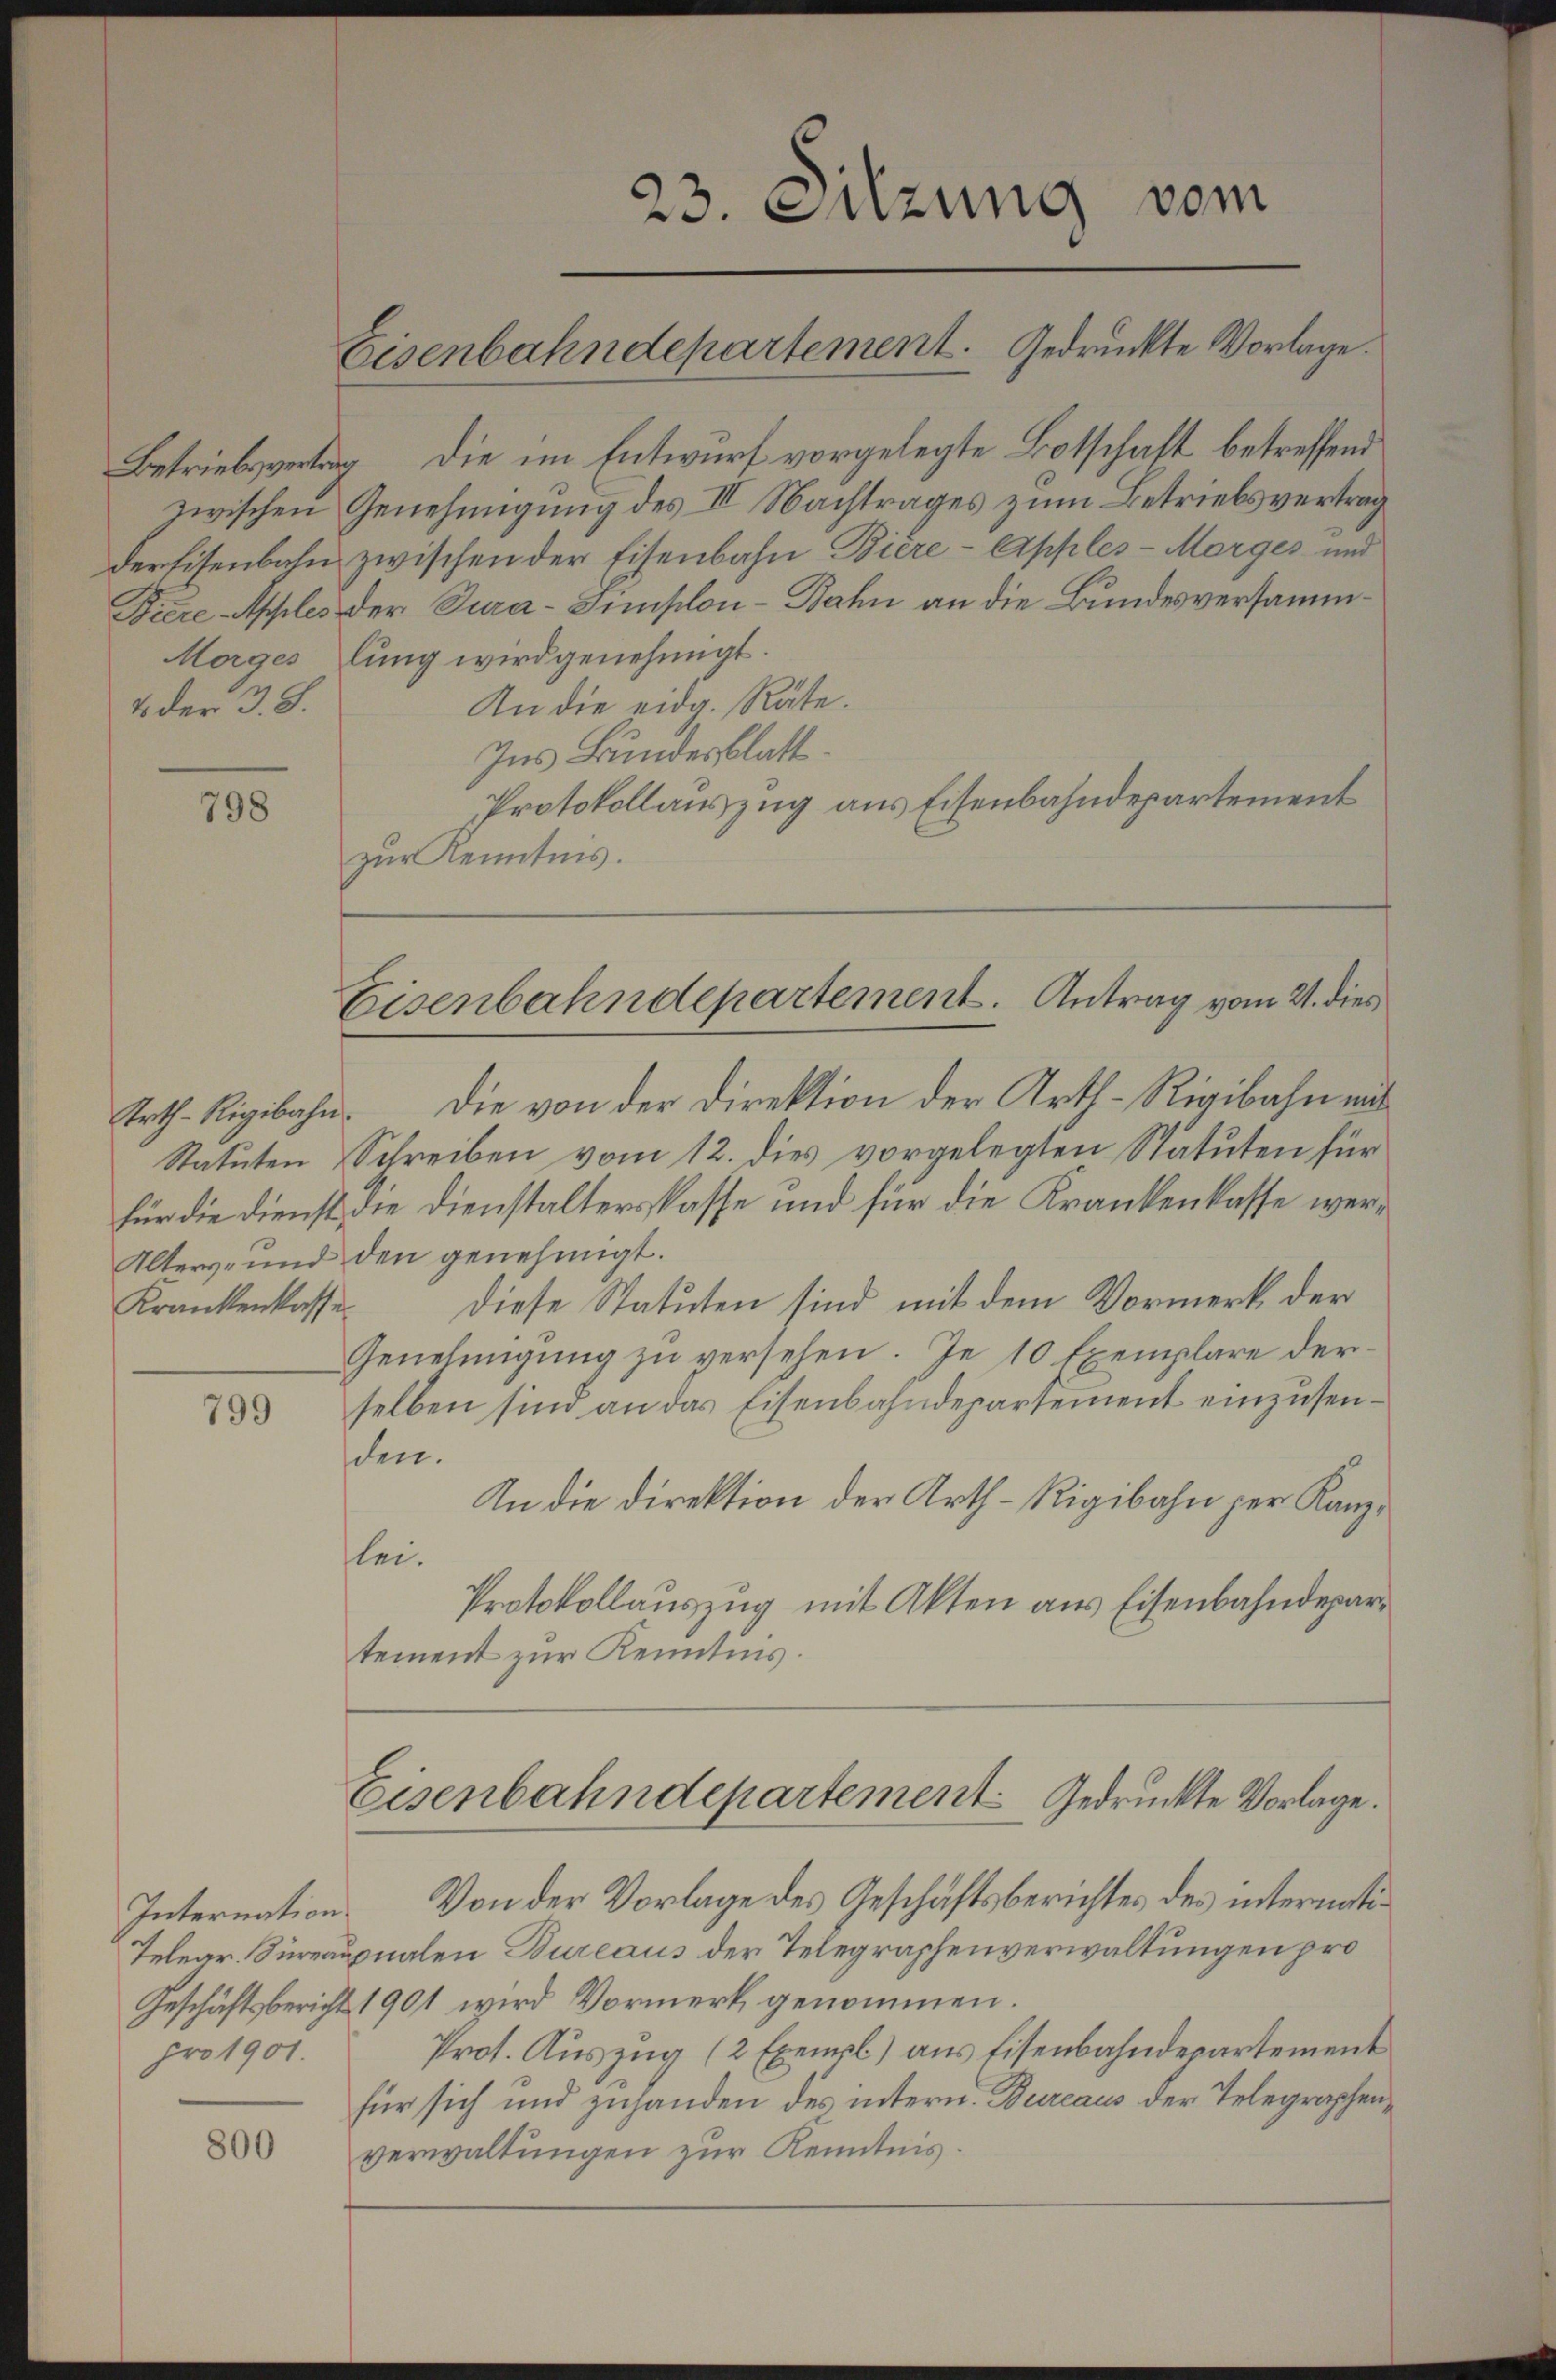
4. der 3. 8.

798

Statuten
Krankenkasse

799

Internation
Geschäftsbericht
pro 1901.

800

Betriebsvertrag die im Entwurf vorgelegte Botschaft betreffend
zwischen Genehmigung des III. Nachtrages zum Betriebsvertrag
derfisenbahn zwischen der Eisenbahn Biere - Apples-Marges und
Diere Apples der Jura-Simplon - Bahn an die Bundesversamm¬
Morges lung wird genehmigt.
An die eidg. Räte.
Ins Bundesblatt.
Protokollauszug aus Eisenbahndepartement
zur Kenntnis.

23. Suzung vom
Eisenbahndepartement. Gedruckte Vorlage.

Eisenbahndepartement. Antrag vom 21. dies

Eisenbahndepartement gedruckte Vorlage.

Trth. Rigibahn. Die von der Direktion der Arth-Rigibahn mit
Schreiben vom 12. dies vorgelegten Statuten für
für die Dienst die Dienstalterskasse und für die Krankenkasse wer¬
Alters- und den genehmigt.
diese Statuten sind mit dem Vormerk der
Genehmigung zu versehen. Je 10 Exemplare derselben sind an das Eisenbahndepartement einzusenden.
An die Direktion der Arth-Rigibahn per Kanzlei¬
Protokollauszug mit Akten aus Eisenbahndepartement zur Kenntnis.

Von der Vorlage des Geschäftsberichtes des intermati¬
Telegr. Kuraupnalen Bureaus der Telegraphenverwaltungen pro
1901 wird Vormerk genommen.
Prot. Auszug (2 Exempl) aus Eisenbahndepartement
für sich und zuhanden des intern. Dureaus der Telegraphenverwaltungen zur Kenntnis.